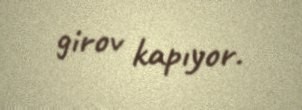
girov kapıyor.